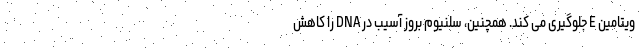
ویتامین E جلوگیری می کند. همچنین، سلنیوم بروز آسیب در DNA را کاهش